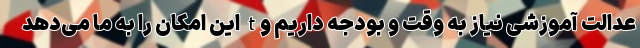
عدالت آموزشی نیاز به وقت و بودجه داریم وt این امکان را به ما می‌دهد